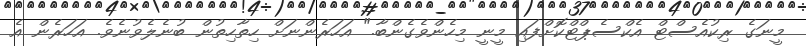
މީނަގެ ރިކުއެސްޓް އެކްސެޕްޓްކޮށްފައި މީނީ މިހެންވެގެންބާ." އަހަރެންނަށް ހިތާހިތުން ބުނެލެވުނެވެ. އަހަރެން އެ